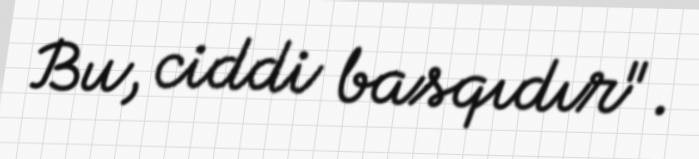
Bu, ciddi basqıdır".